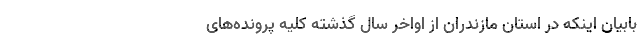
بابیان اینکه در استان مازندران از اواخر سال گذشته کلیه پرونده‌های